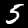
Digit: 5